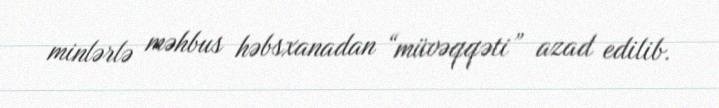
minlərlə məhbus həbsxanadan “müvəqqəti” azad edilib.